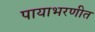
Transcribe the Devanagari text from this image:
पायाभरणीत